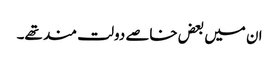
ان میں بعض خاصے دولت مند تھے۔